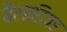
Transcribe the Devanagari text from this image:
बैलाडियर